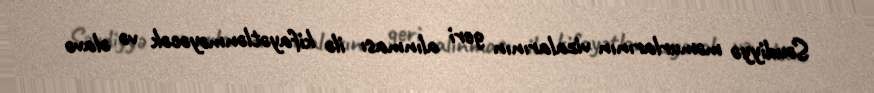
Səudiyyə məmurlarının vizalarının geri alınması ilə kifayətlənməyəcək və əlavə